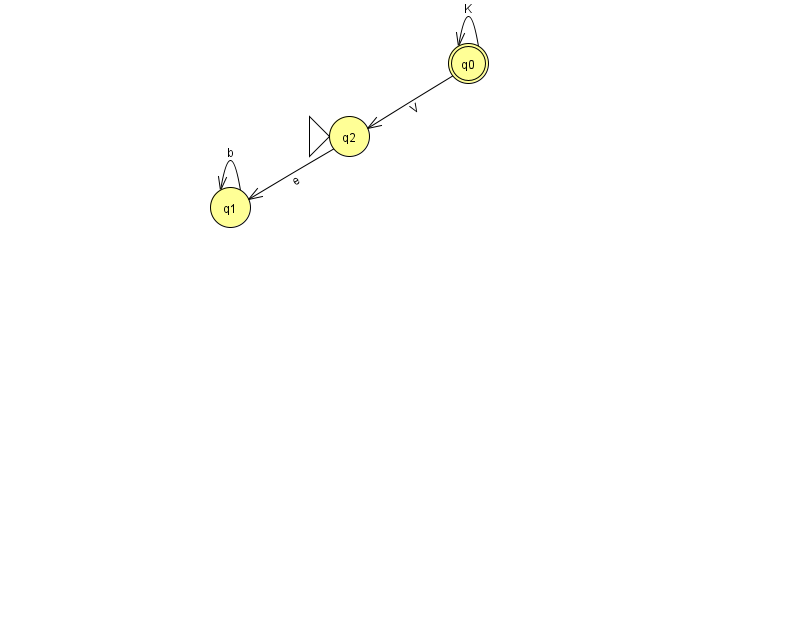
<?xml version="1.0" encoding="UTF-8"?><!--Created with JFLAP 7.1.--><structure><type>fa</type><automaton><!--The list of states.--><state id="0" name="q0"><x>468.0</x><y>50.0</y><final/></state><state id="1" name="q1"><x>230.0</x><y>194.0</y></state><state id="2" name="q2"><x>349.0</x><y>123.0</y><initial/></state><!--The list of transitions.--><transition><from>0</from><to>2</to><read>V</read></transition><transition><from>1</from><to>1</to><read>b</read></transition><transition><from>2</from><to>1</to><read>e</read></transition><transition><from>0</from><to>0</to><read>K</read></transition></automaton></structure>